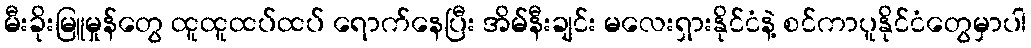
မီးခိုးမြူမှုန်တွေ ထူထူထပ်ထပ် ရောက်နေပြီး အိမ်နီးချင်း မလေးရှားနိုင်ငံနဲ့ စင်ကာပူနိုင်ငံတွေမှာပါ